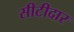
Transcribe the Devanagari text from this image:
सीटीदार